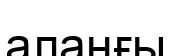
алаңғы